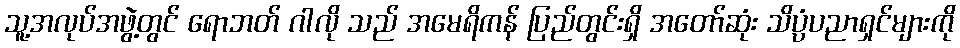
သူ့အလုပ်အဖွဲ့တွင် ရောဘတ် ဂါလို သည် အမေရိကန် ပြည်တွင်းရှိ အတော်ဆုံး သိပ္ပံပညာရှင်များကို